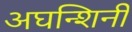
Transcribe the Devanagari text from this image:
अघन्शिनी